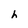
Character: h